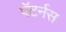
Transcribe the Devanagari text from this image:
पॅटर्नस